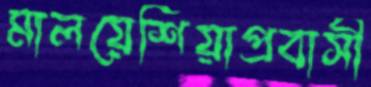
মালয়েশিয়াপ্রবাসী